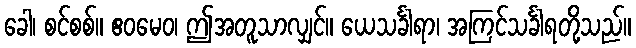
ခေါ၊ စင်စစ်။ ဧဝမေဝ၊ ဤအတူသာလျှင်။ ယေသင်္ခါရာ၊ အကြင်သင်္ခါရတို့သည်။